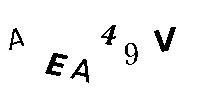
AEA49V